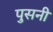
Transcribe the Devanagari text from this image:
पुसनी